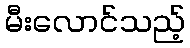
မီးလောင်သည့်